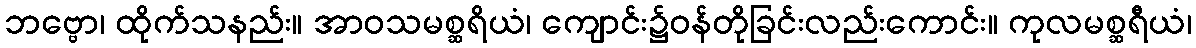
ဘဗ္ဗော၊ ထိုက်သနည်း။ အာဝသမစ္ဆရိယံ၊ ကျောင်း၌ဝန်တိုခြင်းလည်းကောင်း။ ကုလမစ္ဆရီယံ၊